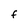
Character: F